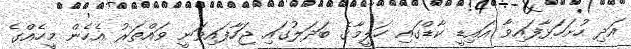
އަދި ހުށަހަޅާފައިވާ އައިޑީ ކާޑްގައި ހަލީމާގެ ބަދަލުގައި ޖަހާފައިވަނީ ވައްތަރު އެހެން މީހެއްގެ